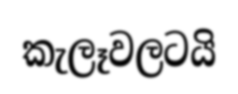
කැලෑවලටයි